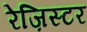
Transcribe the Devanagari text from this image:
रेज़िस्टर